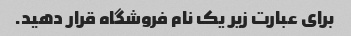
برای عبارت زیر یک نام فروشگاه قرار دهید.